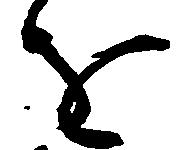
を